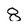
Character: 8